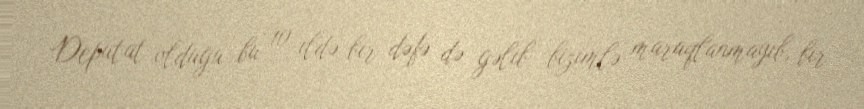
Deputat olduğu bu 10 ildə bir dəfə də gəlib bizimlə maraqlanmayıb, bir